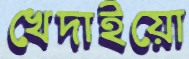
খেদাইয়ো